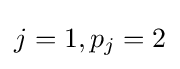
j=1,p_{j}=2